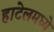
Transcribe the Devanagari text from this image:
हाटेलमध्ये